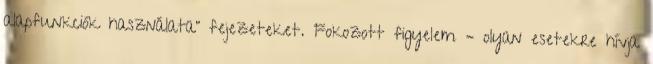
alapfunkciók használata" fejezeteket. Fokozott figyelem – olyan esetekre hívja